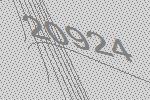
20924